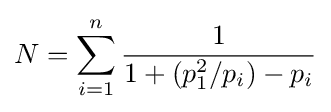
N=\sum _{i=1}^{n}{\frac {1}{1+(p_{1}^{2}/p_{i})-p_{i}}}